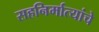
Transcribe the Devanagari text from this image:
सहनिर्मात्यांचे